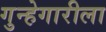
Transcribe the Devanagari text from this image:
गुन्हेगारीला